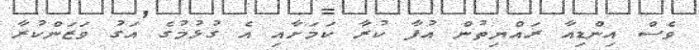
ވެސް އިންޑިއާ ރައްޔިތުން އުފާ ކުރާ ކަމަށާއި އެ ގުޅުމުގެ އަގު ވަޒަންކުރާ